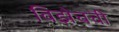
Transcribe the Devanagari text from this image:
विझेचची